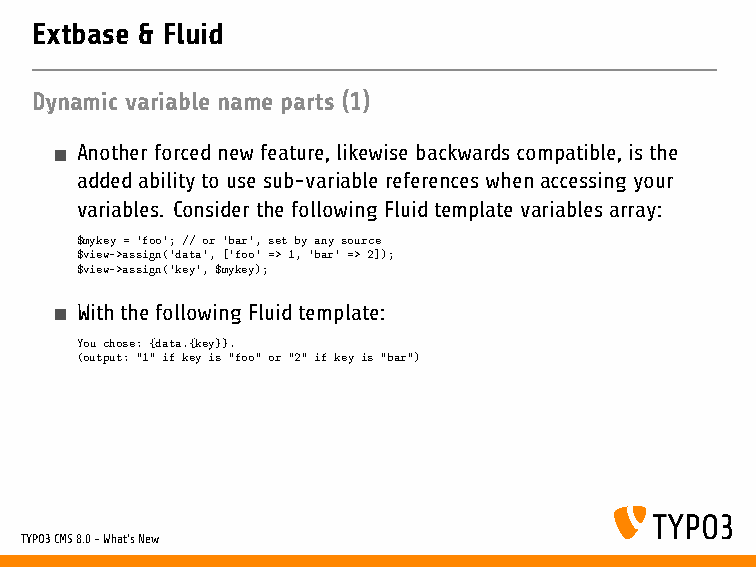
Extbase & Fluid
 Dynamic variable name parts (1)
 Anotherforcednewfeature,likewisebackwardscompatible,isthe
 addedabilitytousesub-variablereferenceswhenaccessingyour
 variables. ConsiderthefollowingFluidtemplatevariablesarray:
 $mykey = ’foo’; // or ’bar’, set by any source
 $view->assign(’data’, [’foo’ => 1, ’bar’ => 2]);
 $view->assign(’key’, $mykey);
 WiththefollowingFluidtemplate:
 You chose: {data.{key}}.
 (output: "1" if key is "foo" or "2" if key is "bar")
 TYPO3CMS8.0-What’sNew